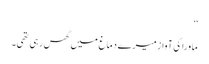
‘‘
ماورا کی آواز میرے دماغ میں گھس رہی تھی۔